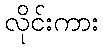
လိုင်းကား